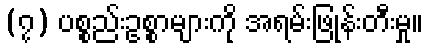
(၇) ပစ္စည်းဥစ္စာများကို အရမ်းဖြုန်းတီးမှု။